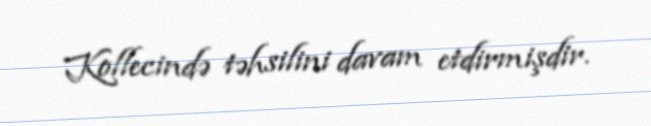
Kollecində təhsilini davam etdirmişdir.